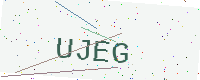
Text: UJEG